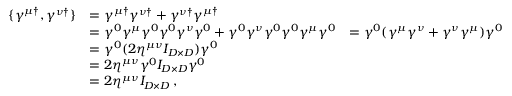
\begin{array} { r l r } { \{ \gamma ^ { \mu \dagger } , \gamma ^ { \nu \dagger } \} } & { = \gamma ^ { \mu \dagger } \gamma ^ { \nu \dagger } + \gamma ^ { \nu \dagger } \gamma ^ { \mu \dagger } } \\ & { = \gamma ^ { 0 } \gamma ^ { \mu } \gamma ^ { 0 } \gamma ^ { 0 } \gamma ^ { \nu } \gamma ^ { 0 } + \gamma ^ { 0 } \gamma ^ { \nu } \gamma ^ { 0 } \gamma ^ { 0 } \gamma ^ { \mu } \gamma ^ { 0 } } & { = \gamma ^ { 0 } ( \gamma ^ { \mu } \gamma ^ { \nu } + \gamma ^ { \nu } \gamma ^ { \mu } ) \gamma ^ { 0 } } \\ & { = \gamma ^ { 0 } ( 2 \eta ^ { \mu \nu } I _ { D \times D } ) \gamma ^ { 0 } } \\ & { = 2 \eta ^ { \mu \nu } \gamma ^ { 0 } I _ { D \times D } \gamma ^ { 0 } } \\ & { = 2 \eta ^ { \mu \nu } I _ { D \times D } \, , } \end{array}